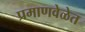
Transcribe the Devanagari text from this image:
प्रमाणवेळेत